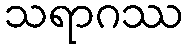
သရာဂဿ